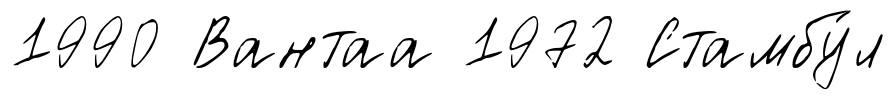
1990 Вантаа 1972 Стамбу́л